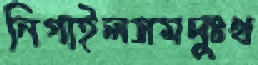
নিগাইলসমদুঃখ